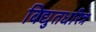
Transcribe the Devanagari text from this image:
विद्युतधरित्र